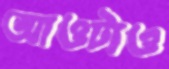
আওটাও